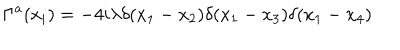
\Gamma ^ { a } ( x _ { i } ) = - 4 i \lambda \delta ( x _ { 1 } - x _ { 2 } ) \delta ( x _ { 1 } - x _ { 3 } ) \delta ( x _ { 1 } - x _ { 4 } )